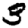
Digit: 3